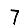
Digit: 7